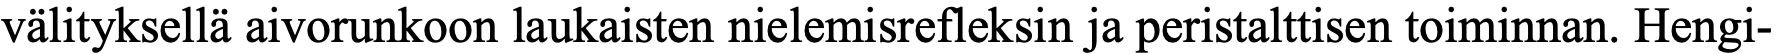
välityksellä aivorunkoon laukaisten nielemisrefleksin ja peristalttisen toiminnan. Hengi-